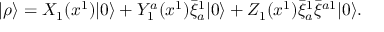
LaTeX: | \rho \rangle = X _ { 1 } ( x ^ { 1 } ) | 0 \rangle + Y _ { 1 } ^ { a } ( x ^ { 1 } ) \bar { \xi } _ { a } ^ { 1 } | 0 \rangle + Z _ { 1 } ( x ^ { 1 } ) \bar { \xi } _ { a } ^ { 1 } \bar { \xi } ^ { a 1 } | 0 \rangle .